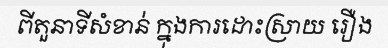
ពីតួនាទីសំខាន់ ក្នុងការដោះស្រាយ រឿង